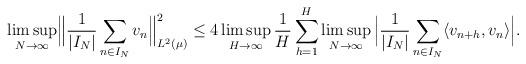
LaTeX: \begin{align*} \limsup_{N\to\infty}\Bigl\lVert \frac{1}{|I_N|}\sum_{n\in I_N}v_{n}\Bigr\lVert_{L^2(\mu)}^2\leq 4 \limsup_{H\to\infty}\frac{1}{H}\sum_{h=1}^{H} \limsup_{N\to\infty}\Big|\frac{1}{|I_N|}\sum_{n\in I_N} \langle{ v_{n+h}, v_n \rangle }\Big|.\end{align*}